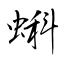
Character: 蝌